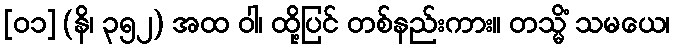
[၀၁] (နိ၊ ၃၅၂) အထ ဝါ၊ ထို့ပြင် တစ်နည်းကား။ တသ္မိံ သမယေ၊